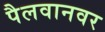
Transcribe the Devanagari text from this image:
पैलवानवर